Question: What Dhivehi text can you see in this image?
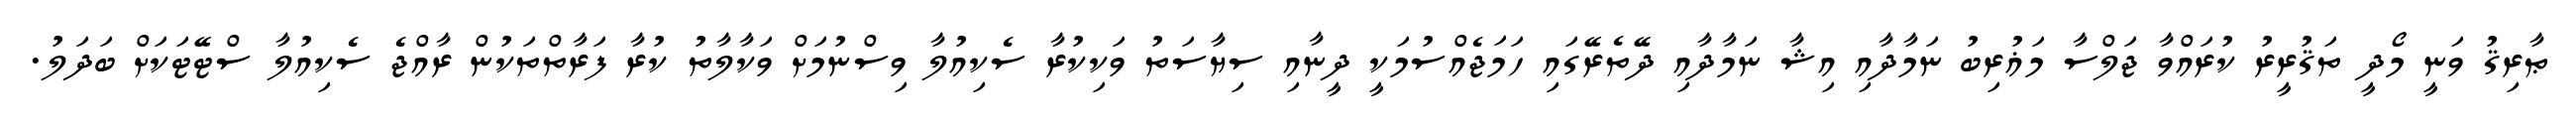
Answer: ޠާރިޤު ވަނީ މޯދީ ތަޤުރީރު ކުރައްވާ ޖަލްސާ މަޣުރިބު ނަމާދާއި އިޝާ ނަމާދާއި ދޭތެރޭގައި ހަމަޖެއްސުމަކީ ދީނާއި ސިޔާސަތު ވަކިކުރާ ސެކިއުލާ ވިސްނުމަށް ވަކާލާތު ކުރާ ފަރާތްތަކުން ރާއްޖެ ސެކިއުލާ ސްޓޭޓަކަށް ބަދަލު.